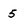
Character: 5